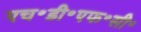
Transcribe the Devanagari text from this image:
एच॰डी॰एफ॰सी॰